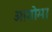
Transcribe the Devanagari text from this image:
आगोमा